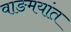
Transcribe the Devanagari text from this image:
वाङमयांत